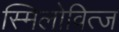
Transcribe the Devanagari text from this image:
स्मिलोवित्ज